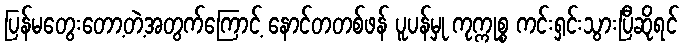
ပြန်မတွေးတော့တဲ့အတွက်ကြောင့် နောင်တတစ်ဖန် ပူပန်မှု ကုက္ကုစ္စ ကင်းရှင်းသွားပြီဆိုရင်